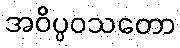
အဝိပ္ပဝသတော